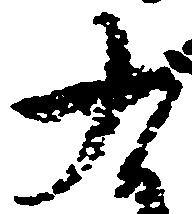
九